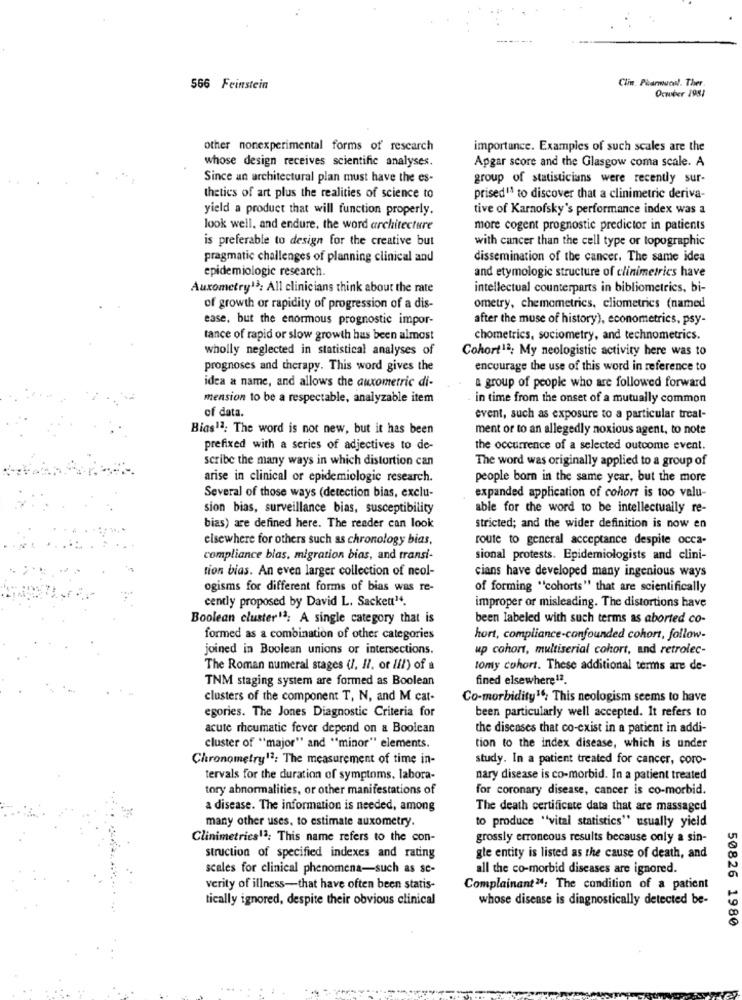
Clin Pharmacol. Ther.
566 Feinstein
October 1981
other nonexperimental forms of research
importance. Examples of such scales are the
whose design receives scientific analyses.
Apgar score and the Glasgow coma scale. A
Since an architectural plan must have the es-
group of statisticians were recently sur-
thetics of art plus the realities of science to
prised" to discover that a clinimetric deriva-
yield a product that will function properly.
tive of Karnofsky's performance index was a
look well, and endure, the word architecture
more cogent prognostic predictor in patients
is preferable to design for the creative but
with cancer than the cell type or topographic
pragmatic challenges of planning clinical and
dissemination of the cancer. The same idea
epidemiologie research.
and etymologie structure of clinimetrics have
Auxometry13; All clinicians think about the rate
intellectual counterparts in bibliometrics, bi-
of growth or rapidity of progression of a dis-
ometry, chemometrics, cliometrics (named
ease, but the enormous prognostic impor-
after the muse of history), econometrics, psy-
tance of rapid or slow growth has been almost
chometrics, sociometry, and technometrics.
wholly neglected in statistical analyses of
Cohort12; My neologistic activity here was to
prognoses and therapy. This word gives the
encourage the use of this word in reference to
idea a name, and allows the auxometric di-
a group of people who are followed forward
mension to be a respectable, analyzable item
in time from the onset of a mutually common
of data.
event, such as exposure to a particular treal-
Bias12: The word is not new, but it has been
ment or to an allegedly noxious agent, to note
prefixed with a series of adjectives to de-
the occurrence of a selected outcome event.
scribe the many ways in which distortion can
The word was originally applied to a group of
arise in clinical or epidemiologic research.
people born in the same year, but the more
Several of those ways (detection bias, exclu-
expanded application of cohort is too valu-
sion bias, surveillance bias, susceptibility
able for the word to be intellectually re-
bias) are defined here. The reader can look
stricted; and the wider definition is now en
elsewhere for others such as chronology bias,
route to general acceptance despite occa-
compliance blas, migration bias, and transi-
sional protests. Epidemiologists and clini-
tion bias. An even larger collection of neol-
cians have developed many ingenious ways
ogisms for different forms of bias was re-
of forming "cohorts" that are scientifically
cently proposed by David L. Sacken".
improper or misleading. The distortions have
Boolean cluster13; A single category that is
been labeled with such terms as aborted co-
formed as a combination of other categories
hort, compliance-confounded cohort, follow-
joined in Boolean unions or intersections.
up cohort, multiserial cohort, and retrolec-
The Roman numeral stages (1, Il. or li!) of a
tony cohort. These additional terms are de-
TNM staging system are formed as Boolean
fined elsewhere 12
clusters of the component T, N, and M cat-
Co-morbidity16; This neologism seems to have
been particularly well accepted. It refers to
egories. The Jones Diagnostic Criteria for
acute rheumatic fever depend on a Boolean
the diseases that co-exist in a patient in addi-
cluster of "major" and ""minor" elements.
tion to the index disease, which is under
Chronometry13: The measurement of time in-
study. In a patient treated for cancer, coro-
tervals for the duration of symptoms. labora-
nary disease is co-morbid. In a patient treated
tory abnormalities, or other manifestations of
for coronary disease, cancer is co-morbid.
a disease. The information is needed, among
The death certificate data that are massaged
many other uses, to estimate auxometry.
to produce "vital statistics" usually yield
Clinimetrics13: This name refers to the con-
grossly erroneous results because only a sin-
struction of specified indexes and rating
gle entity is listed as the cause of death, and
scales for clinical phenomena-such as sc-
all the co-morbid diseases are ignored.
verity of illness-that have often been statis-
Complainant24; The condition of a patient
tically ignored, despite their obvious clinical
whose disense is diagnostically detected be-
50826 1980
.....